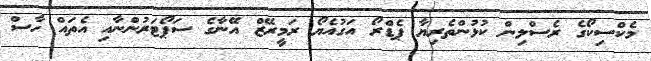
މެކްސިކޯގެ ރެސްލިން ކުޅުންތެރިޔާ ޕެޑްރޯ އަގުއެޔޯ ރަމީރޭޒް އޭނާގެ ސަޕޯޓަރުންނާއި އެތައް ހާސް